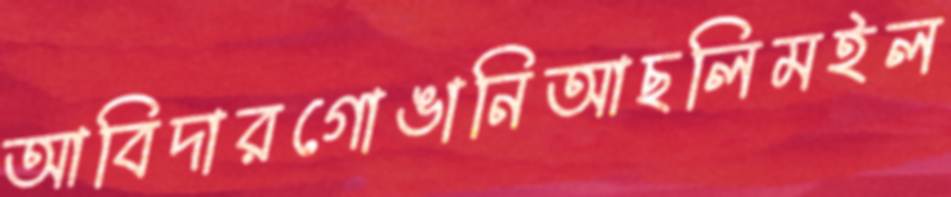
আবিদারগোঙানিআছলিমইল